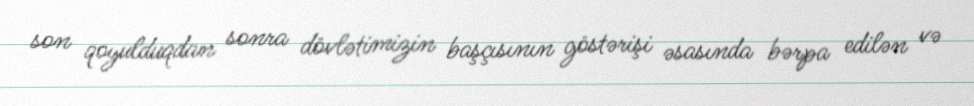
son qoyulduqdan sonra dövlətimizin başçısının göstərişi əsasında bərpa edilən və